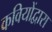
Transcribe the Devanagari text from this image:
कवियोंद्वारा